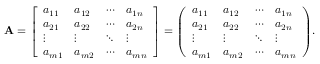
\mathbf { A } = { \left[ \begin{array} { l l l l } { a _ { 1 1 } } & { a _ { 1 2 } } & { \cdots } & { a _ { 1 n } } \\ { a _ { 2 1 } } & { a _ { 2 2 } } & { \cdots } & { a _ { 2 n } } \\ { \vdots } & { \vdots } & { \ddots } & { \vdots } \\ { a _ { m 1 } } & { a _ { m 2 } } & { \cdots } & { a _ { m n } } \end{array} \right] } = { \left( \begin{array} { l l l l } { a _ { 1 1 } } & { a _ { 1 2 } } & { \cdots } & { a _ { 1 n } } \\ { a _ { 2 1 } } & { a _ { 2 2 } } & { \cdots } & { a _ { 2 n } } \\ { \vdots } & { \vdots } & { \ddots } & { \vdots } \\ { a _ { m 1 } } & { a _ { m 2 } } & { \cdots } & { a _ { m n } } \end{array} \right) } .